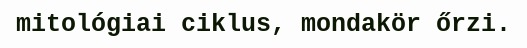
mitológiai ciklus, mondakör őrzi.